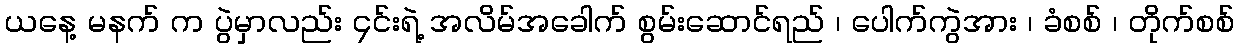
ယနေ့ မနက် က ပွဲမှာလည်း ၄င်းရဲ့ အလိမ်အခေါက် စွမ်းဆောင်ရည် ၊ ပေါက်ကွဲအား ၊ ခံစစ် ၊ တိုက်စစ်